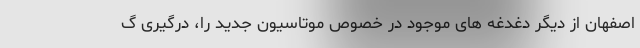
اصفهان از دیگر دغدغه های موجود در خصوص موتاسیون جدید را، درگیری گ